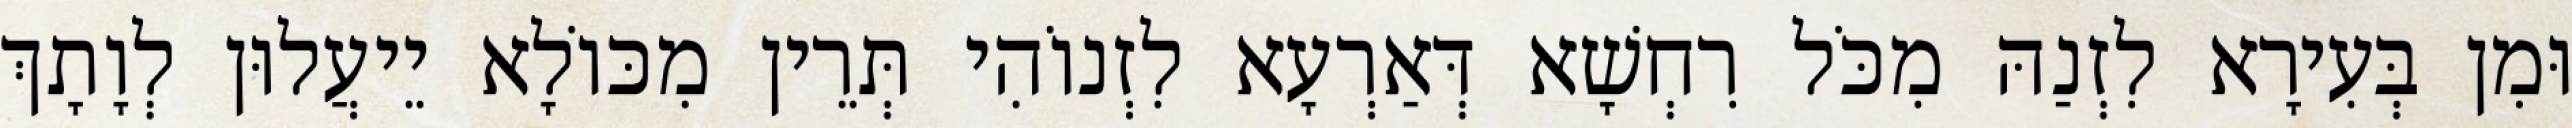
וּמִן בְּעִירָא לִזְנַהּ מִכֹּל רִחְשָׁא דְּאַרְעָא לִזְנוֹהִי תְּרֵין מִכּוֹלָא יֵיעֲלוּן לְוָתָךְ